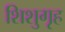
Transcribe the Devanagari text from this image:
शिशुगृह